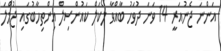
އަންނަ ޖެނުއަރީ 14 ވަނަ ދުވަހު ބާއްވާ ލޯކަލް ކައުންސިލް އިންތިހާބުގައި ޖުމްލަ